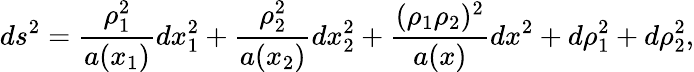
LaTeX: ds^{2}=\frac{\rho_{1}^{2}}{a(x_{1})}dx_{1}^{2}+\frac{\rho_{2}^{2}}{a(x_{2})}dx_{2}^{2}+\frac{(\rho_{1}\rho_{2})^{2}}{a(x)}dx^{2}+d\rho_{1}^{2}+d\rho_{2}^{2},